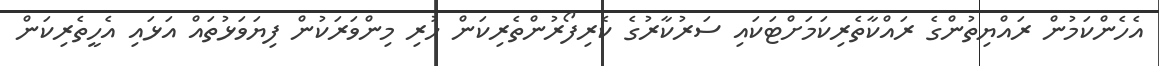
އެހެންކަމުން ރައްޔިތުންގެ ރައްކާތެރިކަމަށްޓަކައި ސަރުކާރުގެ ކެރިފޯރުންތެރިކަން ހުރި މިންވަރަކުން ފިޔަވަޅުތައް އަޅައި އެހީތެރިކަން